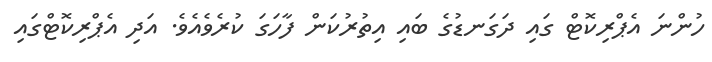
ހުންނަ އެޕްރިކޮޓް ގައި ދަގަނޑުގެ ބައި އިތުރުކަން ފާހަގަ ކުރެވެއެވެ. އަދި އެޕްރިކޮޓްގައި